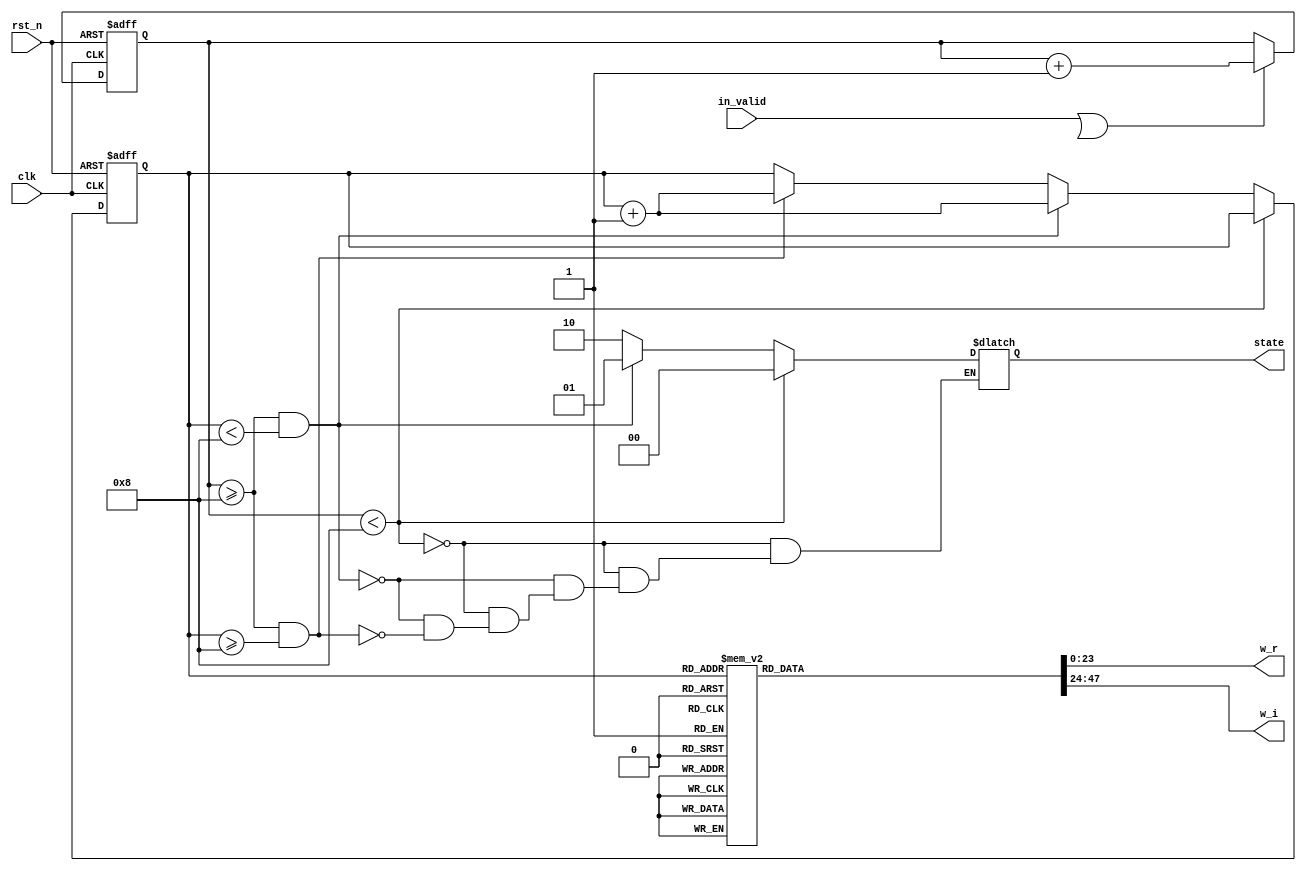
module ROM_8(
input clk,
input in_valid,
input rst_n,
output reg [23:0] w_r,
output reg [23:0] w_i,
output reg[1:0] state
);

reg valid,next_valid;
reg [5:0] count,next_count;
reg [3:0] s_count,next_s_count;

always @(*) begin
    if(in_valid || valid)
    begin 
        next_count = count + 1;
        next_s_count = s_count;
    end
    else begin
        next_count = count;
        next_s_count = s_count;  
    end
    
    if (count<6'd8) 
        state = 2'd0;
    else if (count >= 6'd8 && s_count < 4'd8)begin
        state = 2'd1;
        next_s_count = s_count + 1;
    end
    else if (count >= 6'd8 && s_count >= 4'd8)begin
        state = 2'd2;
        next_s_count = s_count + 1;
    end
    case(s_count)
    4'd8: begin
        w_r = 24'b 00000000_00000001_00000000;
        w_i = 24'b 00000000_00000000_00000000;
        end
    4'd9: begin
        w_r = 24'b 00000000_00000000_11101101;
        w_i = 24'b 11111111_11111111_10011110;
        end
    4'd10: begin
        w_r = 24'b 00000000_00000000_10110101;
        w_i = 24'b 11111111_11111111_01001011;
        end
    4'd11: begin
        w_r = 24'b 00000000_00000000_01100010;
        w_i = 24'b 11111111_11111111_00010011;
        end
    4'd12: begin
        w_r = 24'b 00000000_00000000_00000000;
        w_i = 24'b 11111111_11111111_00000000;
        end
    4'd13: begin
        w_r = 24'b 11111111_11111111_10011110;
        w_i = 24'b 11111111_11111111_00010011;
        end
    4'd14: begin
        w_r = 24'b 11111111_11111111_01001011;
        w_i = 24'b 11111111_11111111_01001011;
        end
    4'd15: begin
        w_r = 24'b 11111111_11111111_00010011;
        w_i = 24'b 11111111_11111111_10011110;
        end
    default: begin
        w_r = 24'b 00000000_00000001_00000000;
        w_i = 24'b 00000000_00000000_00000000;
        end
    endcase
end

always@(posedge clk or negedge rst_n)begin
    if(~rst_n)begin
        count <= 0;
        s_count <= 0;
    end
    else begin
        count <= next_count;
        s_count <= next_s_count;
    end
end
endmodule